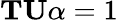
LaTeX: \mathbf{TU}\alpha=1